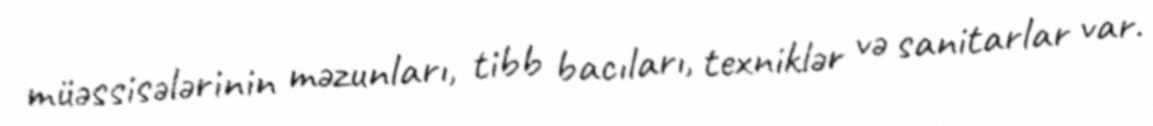
müəssisələrinin məzunları, tibb bacıları, texniklər və sanitarlar var.